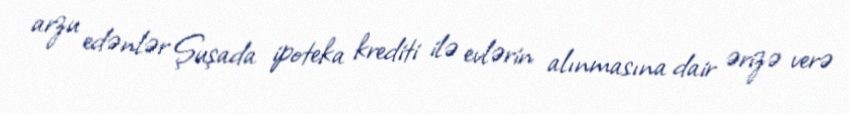
arzu edənlər Şuşada ipoteka krediti ilə evlərin alınmasına dair ərizə verə